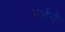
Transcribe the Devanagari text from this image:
आर्इने